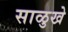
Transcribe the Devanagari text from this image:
साळुखे